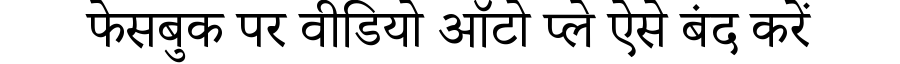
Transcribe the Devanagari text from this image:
फेसबुक पर वीडियो ऑटो प्ले ऐसे बंद करें